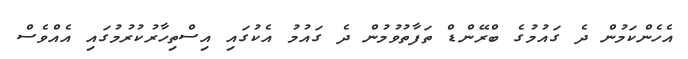
އެހެންކަމުން ދެ ގައުމުގެ ބްރޭންޑް ތަފާތުވުމުން ދެ ގައުމު އެކުގައި އިސްތިހާރުކުރުމުގައި އެއްވެސް